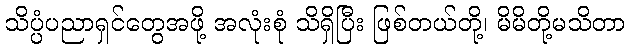
သိပ္ပံပညာရှင်တွေအဖို့ အလုံးစုံ သိရှိပြီး ဖြစ်တယ်တို့၊ မိမိတို့မသိတာ